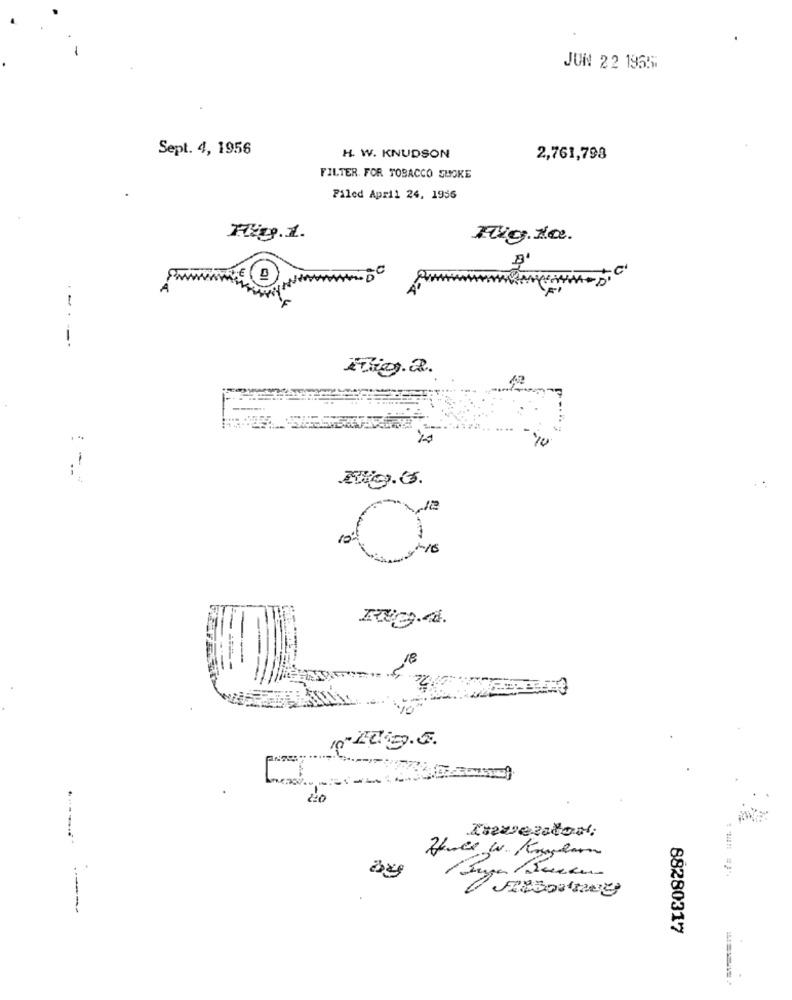
JUN 22 1955:
Sept. 4, 1956
H. W. KNUDSON
2,761,798
FILTER. FOR TOBACCO SHOKE
Filed April 24, 1956
Fig.1.
Fig. 1e.
.-
---
42
1
NO.3.
12
,18
------
88280317